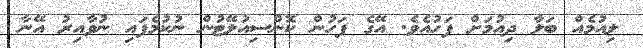
ލިއުމެއް ބަލާ ދިއުމަށް ފަހުއެވެ. އޭގެ ފަހުން ކޮންސިއުލޭޓުން ނުކުމެފައި ނުވާއިރު އޭނާ